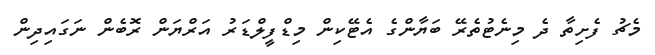
މެޗު ފެށިތާ ދެ މިނެޓުތެރޭ ބަޔާންގެ އެޓޭކިން މިޑްފީލްޑަރު އަރްޔަން ރޮބެން ނަގައިދިން